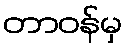
တာဝန်မှ